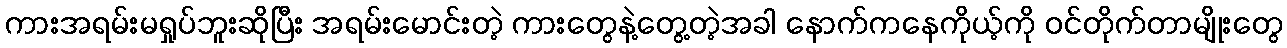
ကားအရမ်းမရှုပ်ဘူးဆိုပြီး အရမ်းမောင်းတဲ့ ကားတွေနဲ့တွေ့တဲ့အခါ နောက်ကနေကိုယ့်ကို ဝင်တိုက်တာမျိုးတွေ